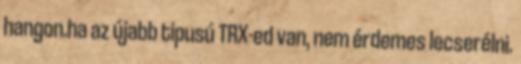
hangon.ha az újabb tipusú TRX-ed van, nem érdemes lecserélni.